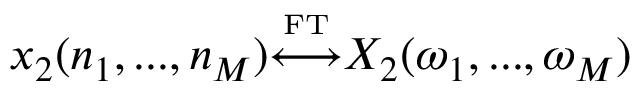
x _ { 2 } ( n _ { 1 } , . . . , n _ { M } ) { \overset { \underset { \mathrm { F T } } { } } { \longleftrightarrow } } X _ { 2 } ( \omega _ { 1 } , . . . , \omega _ { M } )